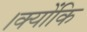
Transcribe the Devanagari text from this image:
।क्योंकि